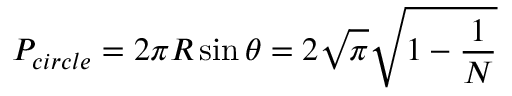
P _ { c i r c l e } = 2 \pi R \sin \theta = 2 \sqrt { \pi } \sqrt { 1 - \frac { 1 } { N } }